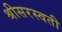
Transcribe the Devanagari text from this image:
श्रीसरस्वती